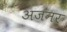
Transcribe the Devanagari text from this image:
अजनर